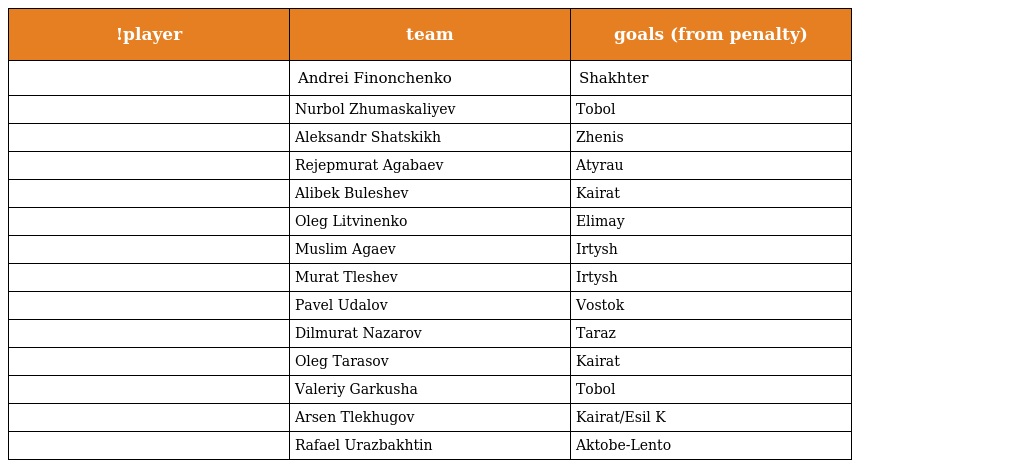
| !player | team | goals (from penalty) |
 | --- | --- | --- |
 |  | Andrei Finonchenko | Shakhter |
 |  | Nurbol Zhumaskaliyev | Tobol |
 |  | Aleksandr Shatskikh | Zhenis |
 |  | Rejepmurat Agabaev | Atyrau |
 |  | Alibek Buleshev | Kairat |
 |  | Oleg Litvinenko | Elimay |
 |  | Muslim Agaev | Irtysh |
 |  | Murat Tleshev | Irtysh |
 |  | Pavel Udalov | Vostok |
 |  | Dilmurat Nazarov | Taraz |
 |  | Oleg Tarasov | Kairat |
 |  | Valeriy Garkusha | Tobol |
 |  | Arsen Tlekhugov | Kairat/Esil K |
 |  | Rafael Urazbakhtin | Aktobe-Lento |